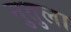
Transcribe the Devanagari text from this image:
नुतुला